Jaan_Tonisson_(Lasteleht), lk 112
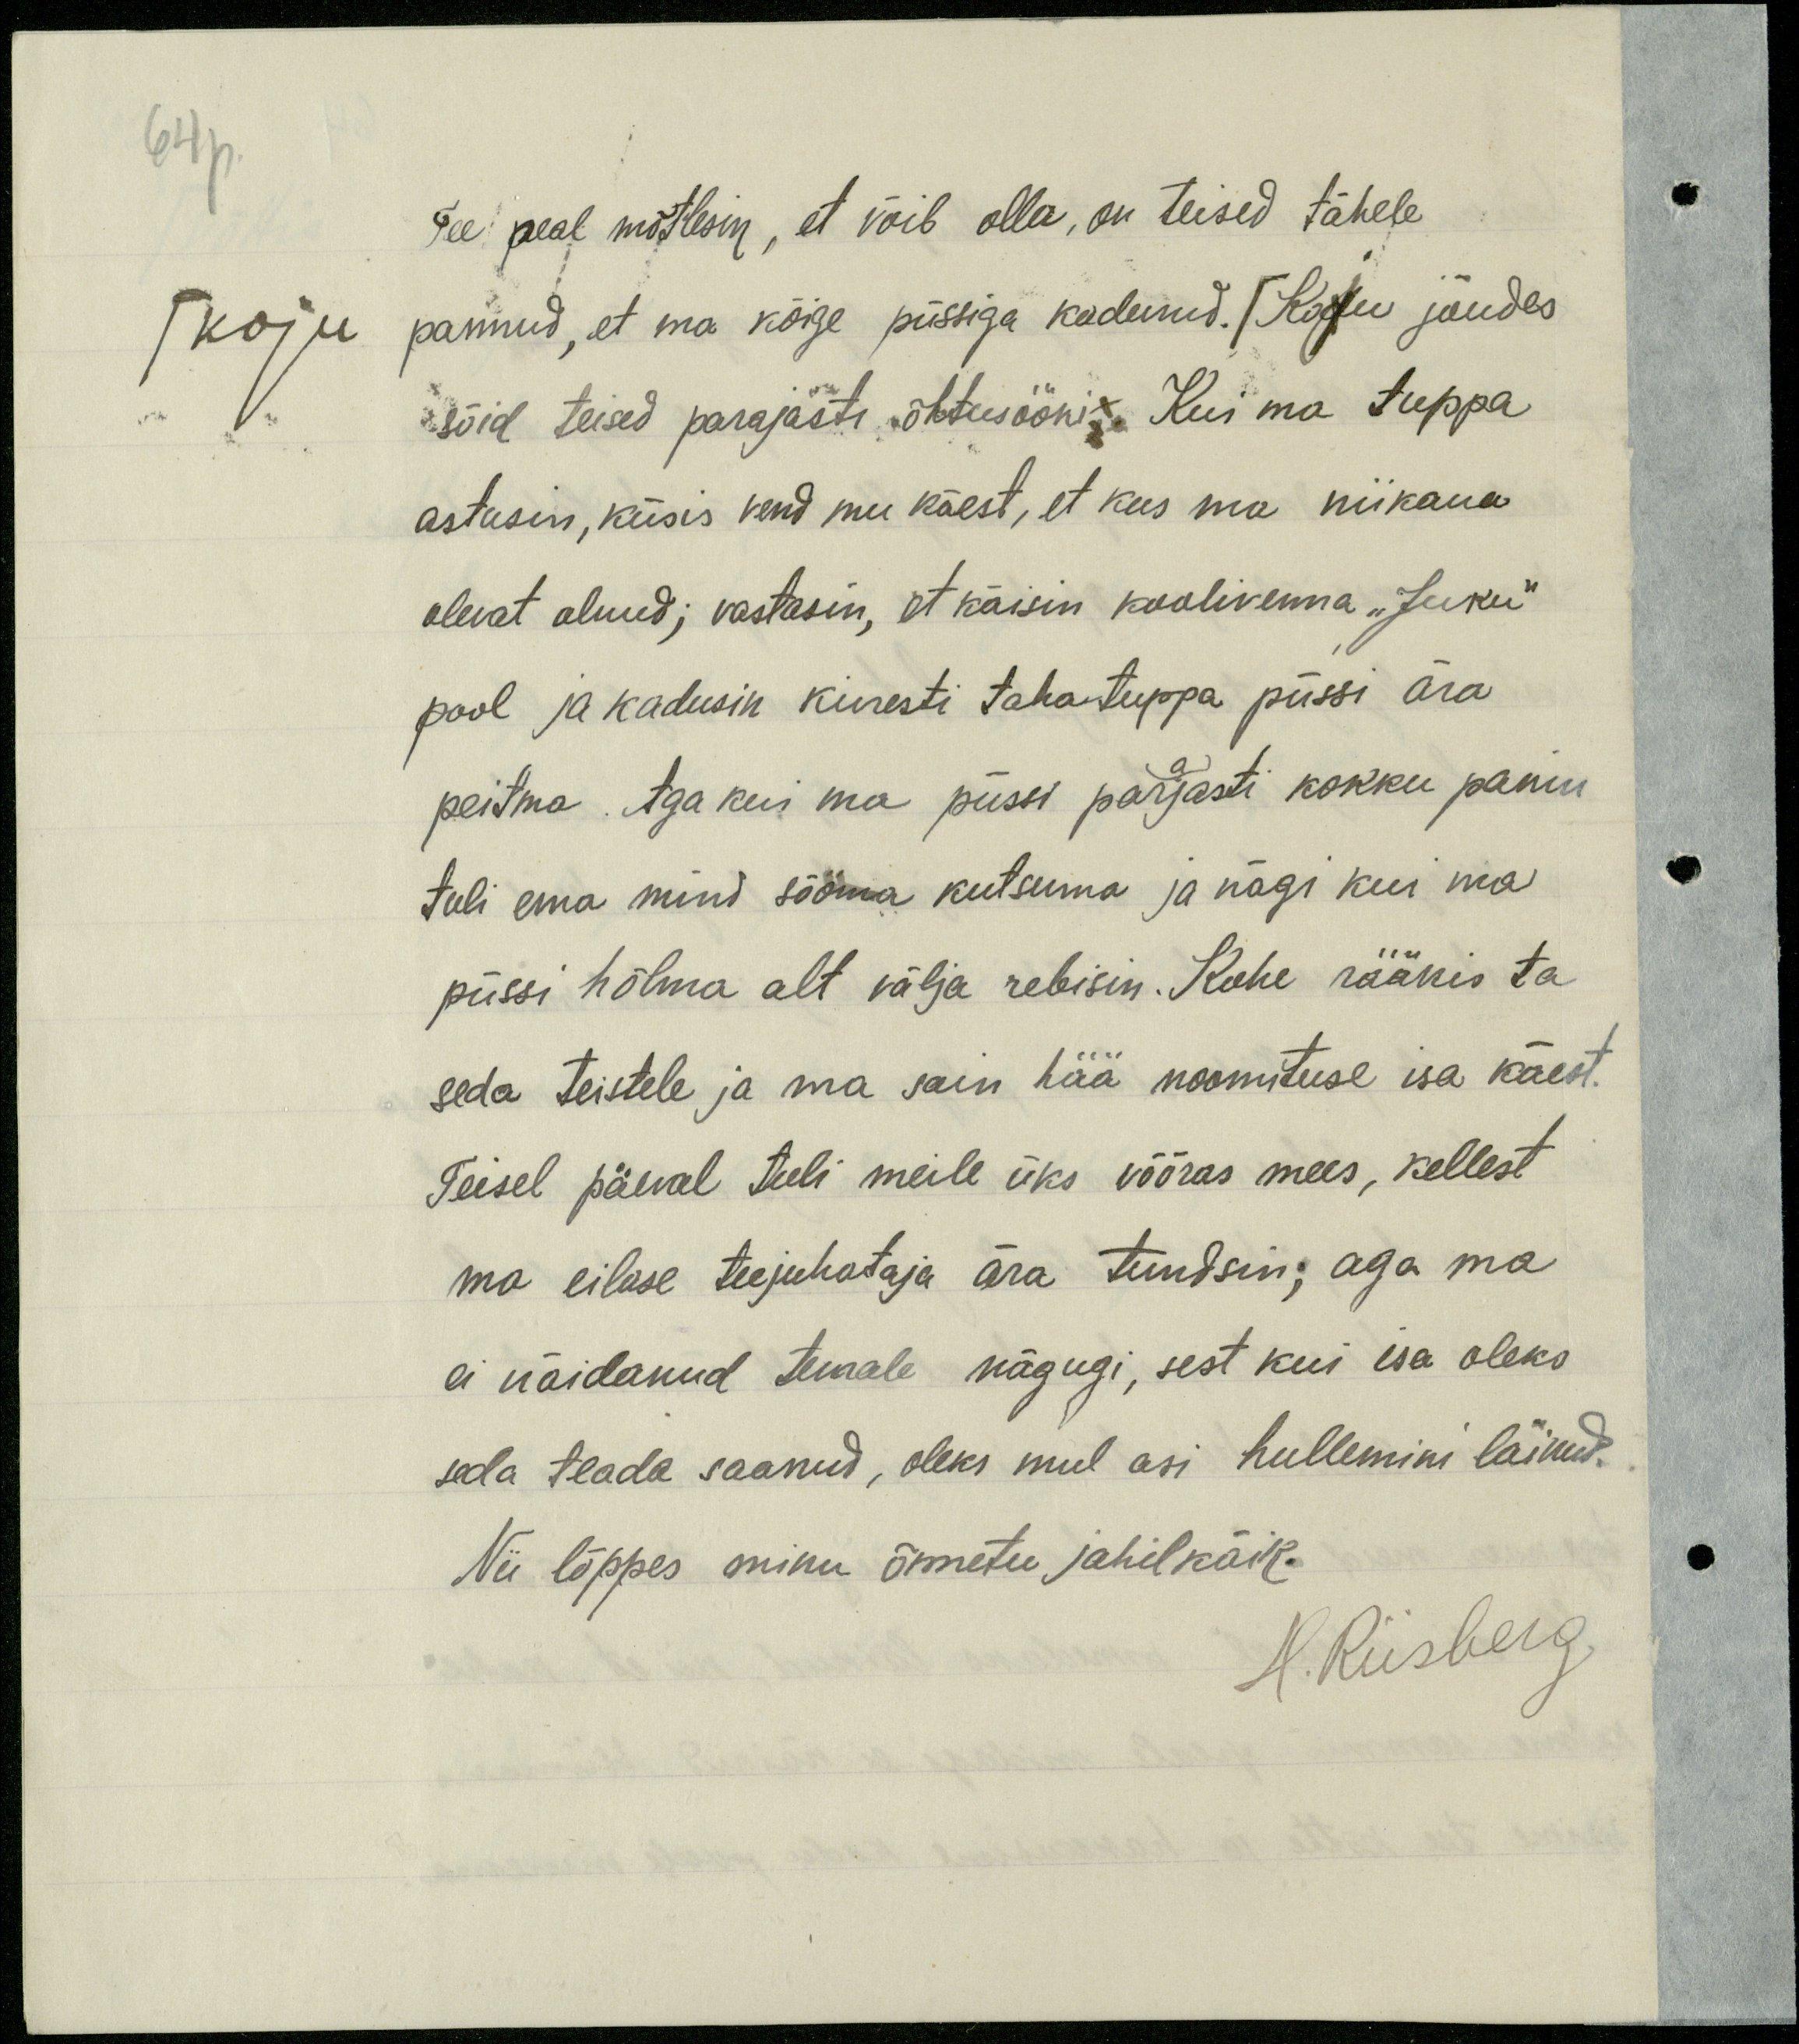
64p.
Tee peal mõtlesin, et võib olla, on teised tähele
/koju
pannud, et ma kõige püssiga kadunud. /Koju jõudes
sõid teised parajasti õhtusööki. Kui ma tuppa
astusin, küsis vend mu käest, et kus ma niikaua
olevat olnud; vastasin, et käisin koolivenna "Juku"
pool ja kadusin kiiresti tahatuppa püssi ära
peitma. Aga kui ma püssi parajasti kokku panin
tuli ema mind sööma kutsuma ja nägi kui ma
püssi hõlma alt välja rebisin. Kohe rääkis ta
seda teistele ja ma sain hää noomituse isa käest.
Teisel päeval tuli meile üks võõras mees, kellest
ma eilase teejuhataja ära tundsin, aga ma
ei näidanud temale nägugi, sest kui isa oleks
seda teada saanud, oleks mul asi hullemini läinud.
Nii lõppes minu õnnetu jahilkäik.
H. Riisberg